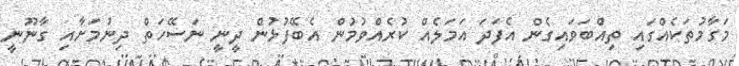
މަގާމުތަކެއްގައި ތިއްބަވައިގެން އެފަދަ އަމަލެއް ކުރެއްވުމުން އެބޭފުޅުން ދީނީ ނަސޭހަތް ދިނުމަށާއި ގާނޫނީ